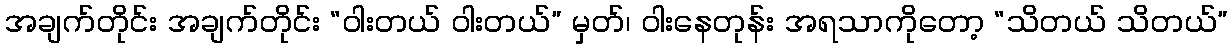
အချက်တိုင်း အချက်တိုင်း “ဝါးတယ် ဝါးတယ်” မှတ်၊ ဝါးနေတုန်း အရသာကိုတော့ “သိတယ် သိတယ်”